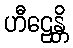
ဟီဠေန္တိ